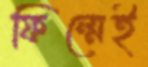
ফিল্মেই